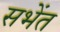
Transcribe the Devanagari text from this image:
सभेंत